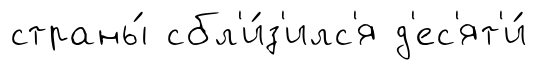
страны́ сбл'и́з'илс'я д'ес'ят'и́